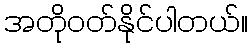
အတိုဝတ်နိုင်ပါတယ်။